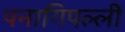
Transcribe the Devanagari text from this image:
पनागिपल्ली